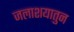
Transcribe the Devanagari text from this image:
जलाशयातुन